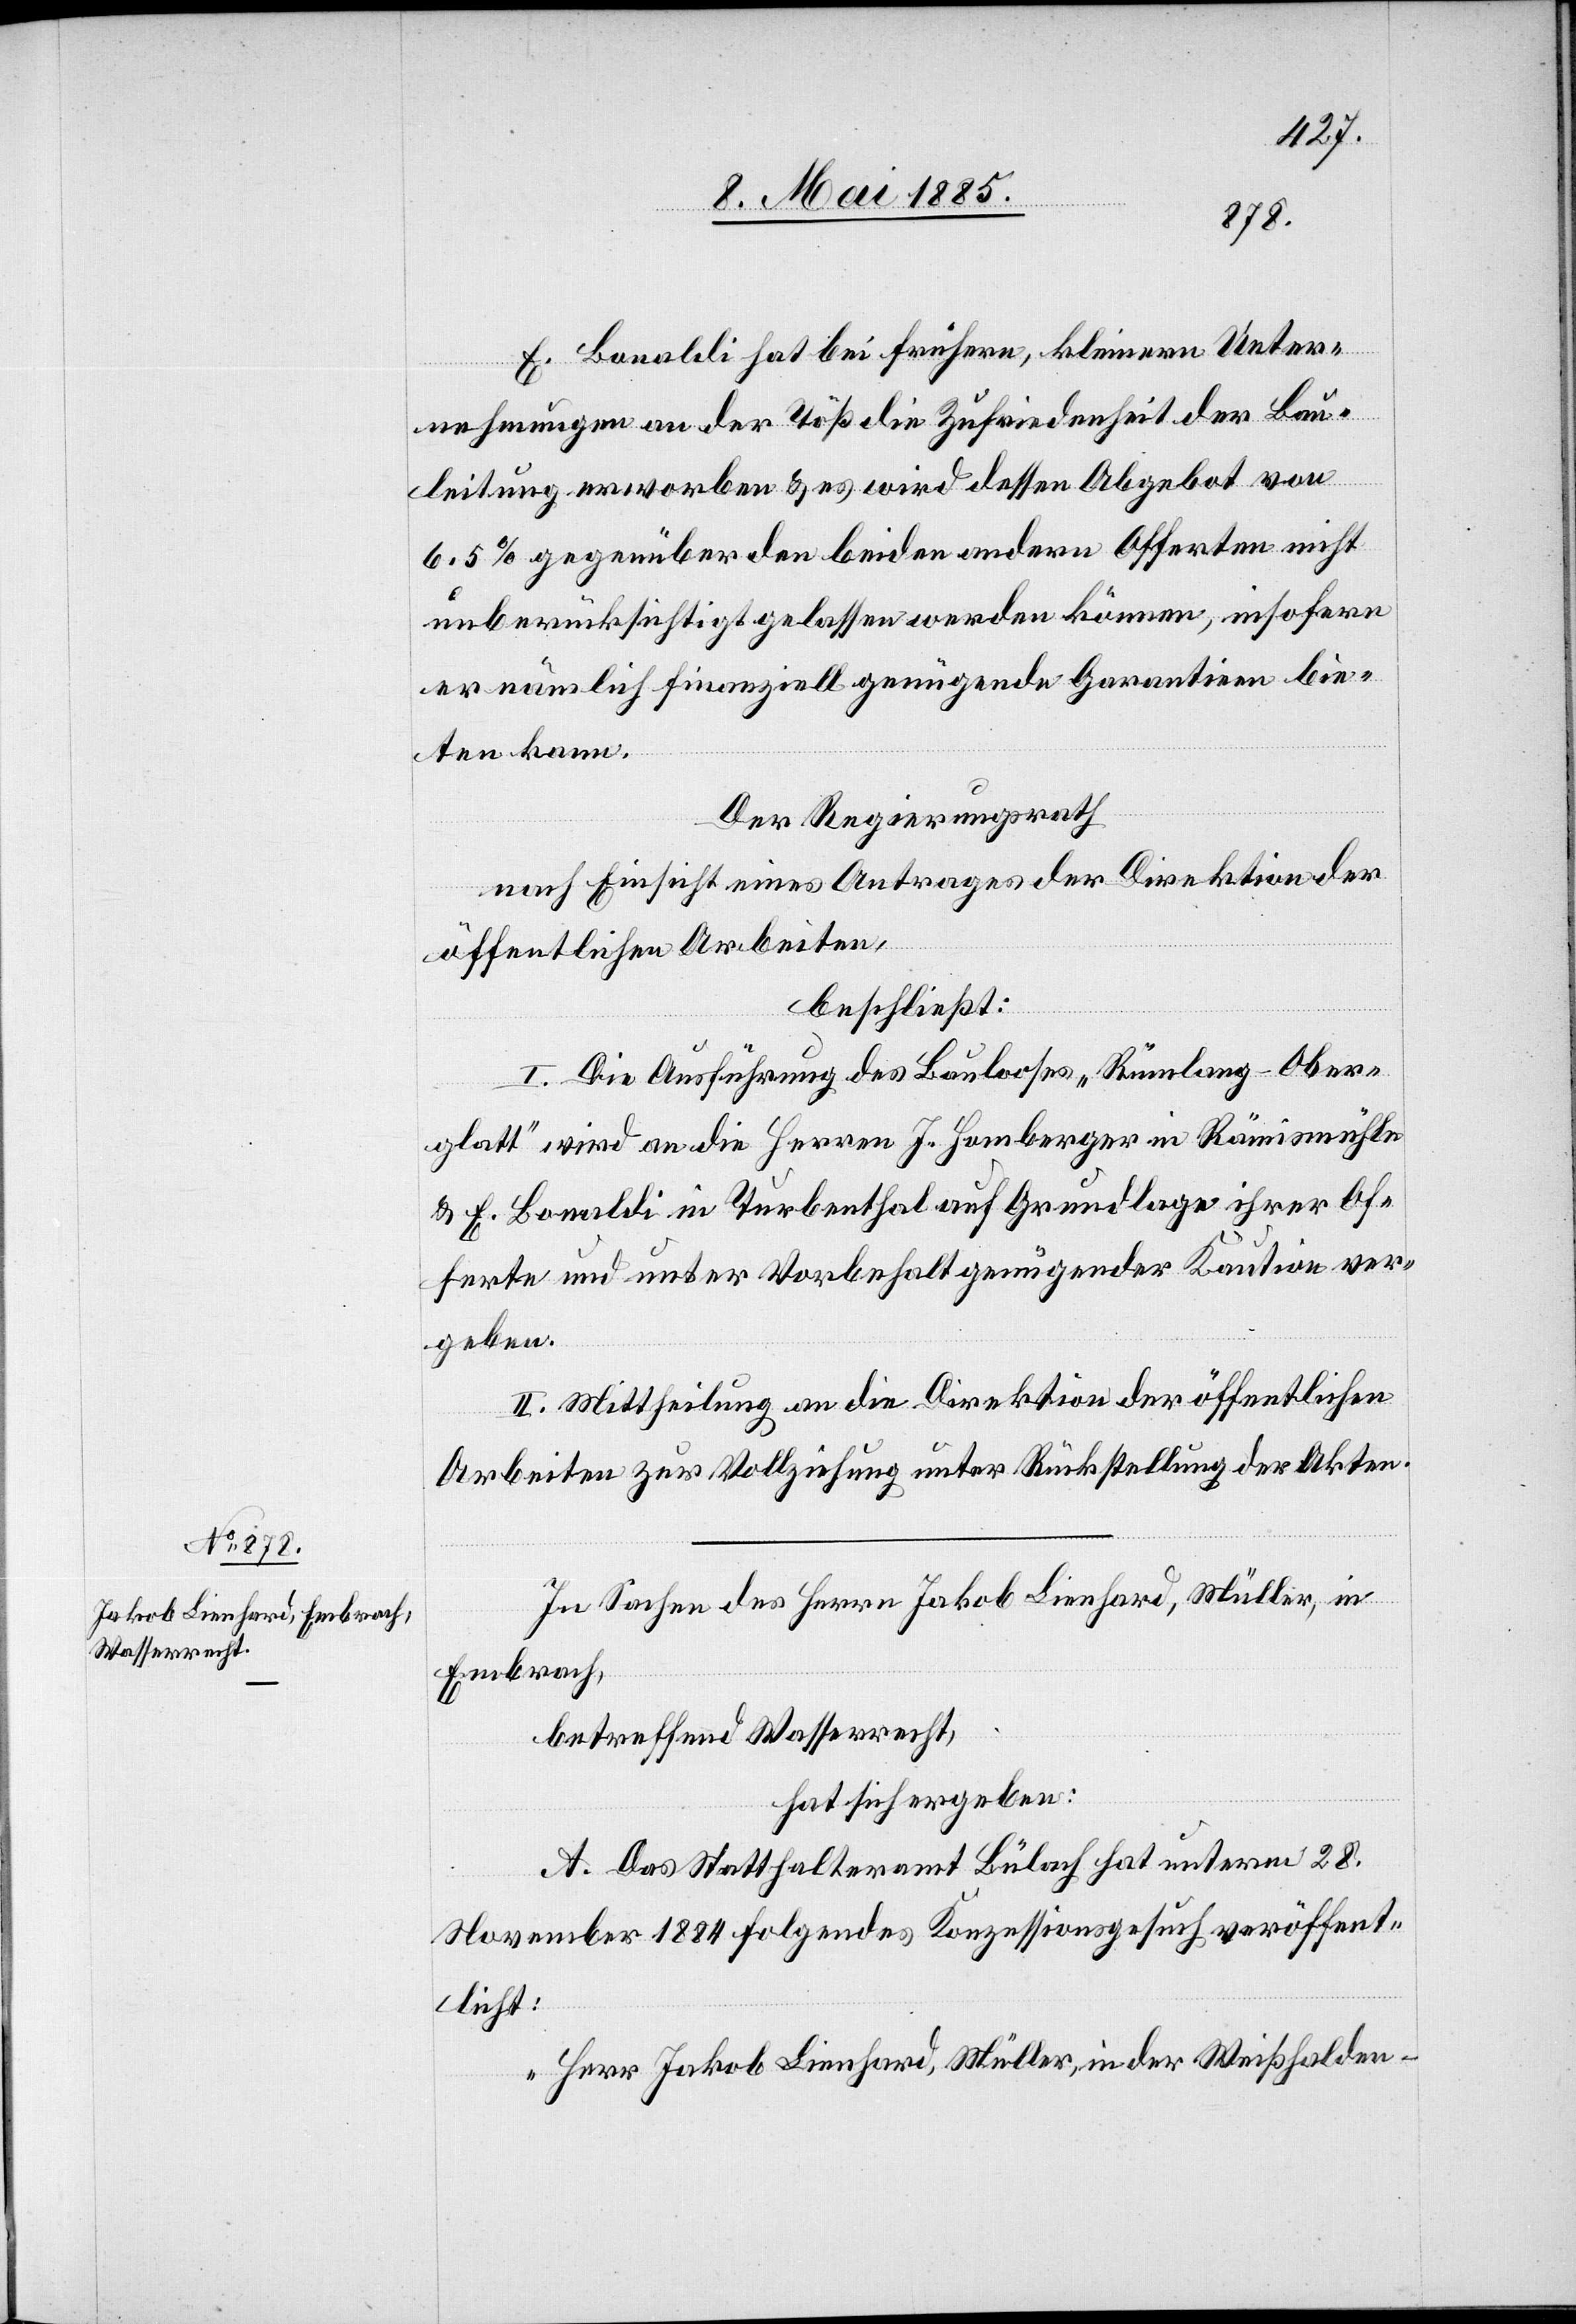
E. Bonaldi hat bei frühern, kleinern Unter¬
nehmungen an der Töß die Zufriedenheit der Bau¬
leitung erworben & es wird dessen Abgebot von
6.5% gegenüber den beiden andern Offerten nicht
unberücksichtigt gelassen werden können, insofern
er nämlich finanziell genügende Garantien bie¬
ten kann.
Der Regierungsrath,
nach Einsicht eines Antrages der Direktion der
öffentlichen Arbeiten,
beschließt:
I. Die Ausführung des Baulooses „Rümlang - Ober¬
glatt“ wird an die Herren J. Homberger in Rämismühle
& E. Bonaldi in Turbenthal auf Grundlage ihrer Of¬
ferte und unter Vorbehalt genügender Kaution ver¬
geben.
II. Mittheilung an die Direktion der öffentlichen
Arbeiten zur Vollziehung unter Rückstellung der Akten.
In Sachen des Herrn Jakob Lienhard, Müller, in
Embrach,
betreffend Wasserrecht,
hat sich ergeben:
A. Das Statthalteramt Bülach hat unterm 28.
November 1884 folgendes Konzessionsgesuch veröffent¬
licht:
„Herr Jakob Lienhard, Müller, in der Weißhalden